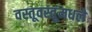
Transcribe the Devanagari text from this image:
वस्तूवस्तूंमधले